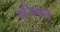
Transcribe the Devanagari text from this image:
गर्जिनले